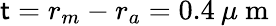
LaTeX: \mathsf{t}=r_{m}-r_{a}=0.4\: \mu\mathrm{{~m~}}